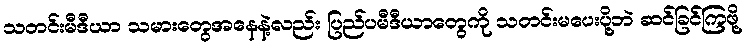
သတင်းမီဒီယာ သမားတွေအနေနဲ့လည်း ပြည်ပမီဒီယာတွေကို သတင်းမပေးပို့ဘဲ ဆင်ခြင်ကြဖို့